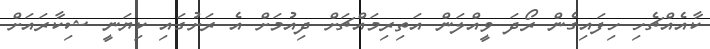
ކާއެއްޗެހި ހިފައިގެން ރޯދަ ވީއްލަން އަތިރިމައްޗަށް ދިއުމަށް އެ ރަށުގައި ކިޔަނީ ޝިކާރައަށް